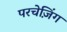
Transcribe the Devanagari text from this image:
परचेज़िंग